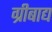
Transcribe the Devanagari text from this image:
ग्रीबाद्य